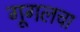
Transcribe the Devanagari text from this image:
गूगलचा